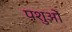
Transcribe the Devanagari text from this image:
पशुआें